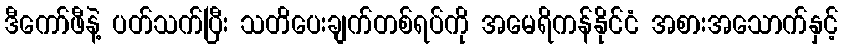
ဒီကော်ဖီနဲ့ ပတ်သက်ပြီး သတိပေးချက်တစ်ရပ်ကို အမေရိကန်နိုင်ငံ အစားအသောက်နှင့်